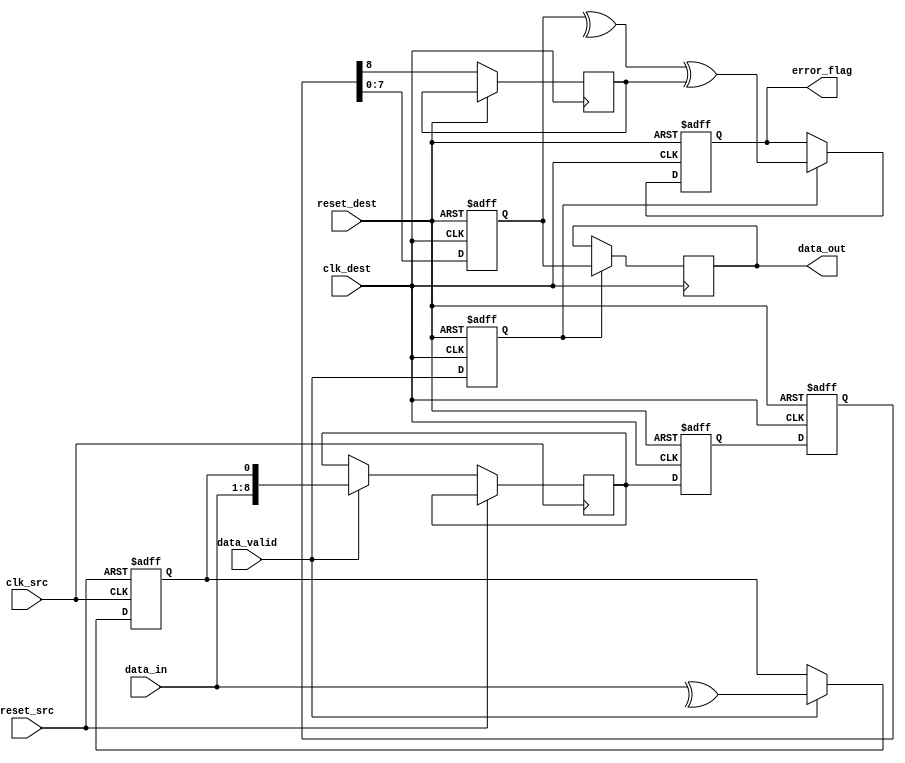
module CDC_Memory_Block (
    input wire clk_src,        // Source clock
    input wire clk_dest,       // Destination clock
    input wire reset_src,      // Asynchronous reset for source domain
    input wire reset_dest,     // Asynchronous reset for destination domain
    input wire [7:0] data_in,  // Data input from source domain
    input wire data_valid,      // Data valid signal from source domain
    output reg [7:0] data_out,  // Data output to destination domain
    output reg error_flag       // Error detected flag
);

    // Internal signals
    wire [8:0] data_with_parity; // 8-bit data + 1-bit parity
    reg [7:0] data_out_sync;      // Synchronized data
    reg data_valid_sync;          // Synchronized data valid
    reg parity_bit;              // Parity bit
    reg parity_bit_sync;         // Synchronized parity bit

    // Parity generation and data package in source clock domain
    always @(posedge clk_src or posedge reset_src) begin
        if (reset_src) begin
            // Initialize if reset is asserted
            parity_bit <= 1'b0;
        end else if (data_valid) begin
            // Generate parity bit
            parity_bit <= ^data_in;          // XOR all bits for even parity
            data_with_parity <= {data_in, parity_bit}; // Create data with parity
        end
    end

    // Synchronization using dual flip-flop synchronizers
    reg [8:0] sync_1; // First stage of synchronization
    reg [8:0] sync_2; // Second stage of synchronization

    always @(posedge clk_dest or posedge reset_dest) begin
        if (reset_dest) begin
            sync_1 <= 9'b0;
            sync_2 <= 9'b0;
            data_out_sync <= 8'b0;
            data_valid_sync <= 1'b0;
            error_flag <= 1'b0;
        end else begin
            // First flip-flop stage
            sync_1 <= {data_with_parity[8:0]}; // Synchronize data + parity
            
            // Second flip-flop stage
            sync_2 <= sync_1;
            data_out_sync <= sync_2[7:0];         // Synchronized Data
            parity_bit_sync <= sync_2[8];          // Synchronized Parity
            
            // Validate the received data with parity
            if (data_valid_sync) begin
                error_flag <= (^(data_out_sync) ^ parity_bit_sync); // Check for parity error
            end
            
            // Pass on the valid signal
            data_valid_sync <= data_valid;
        end
    end

    // Assign output data
    always @(posedge clk_dest) begin
        if (data_valid_sync) begin
            data_out <= data_out_sync; // Output synchronized data
        end
    end

endmodule